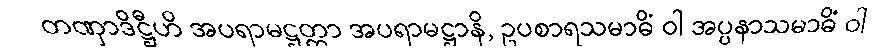
တဏှာဒိဋ္ဌီဟိ အပရာမဋ္ဌတ္တာ အပရာမဋ္ဌာနိ, ဥပစာရသမာဓိံ ဝါ အပ္ပနာသမာဓိံ ဝါ